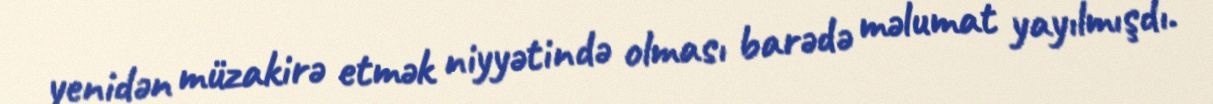
yenidən müzakirə etmək niyyətində olması barədə məlumat yayılmışdı.